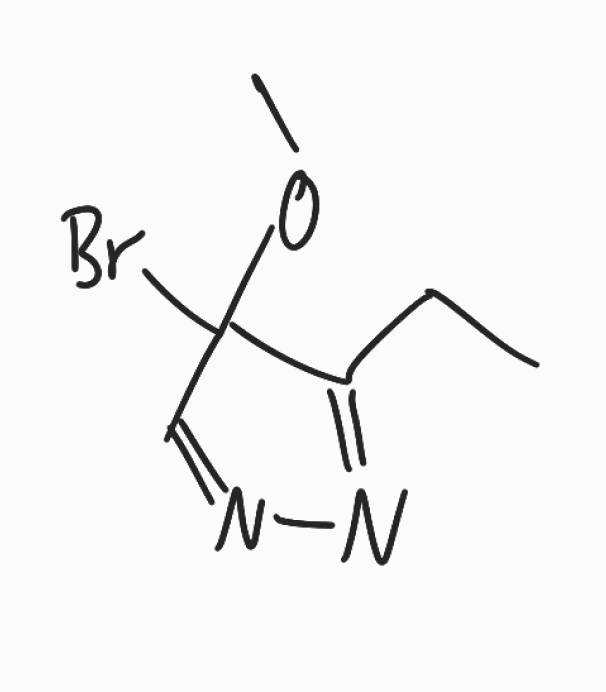
Simplified molecular-input line-entry system (SMILES) notation of the given molecule:
CCC1=NN=CC1(OC)Br